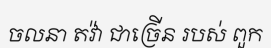
ចលនា តវ៉ា ជាច្រើន របស់ ពួក